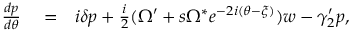
\begin{array} { r l r } { \frac { d p } { d \theta } } & { { } = } & { i \delta p + \frac { i } { 2 } ( \Omega ^ { \prime } + s \Omega ^ { * } e ^ { - 2 i ( \theta - \xi ) } ) w - \gamma _ { 2 } ^ { \prime } p , } \end{array}